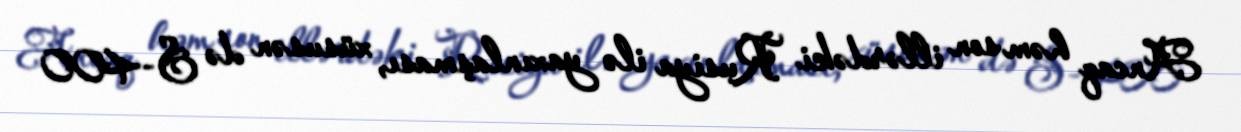
Ancaq həm son illərdəki Rusiya ilə yaxınlaşması, xüsusən də S-400